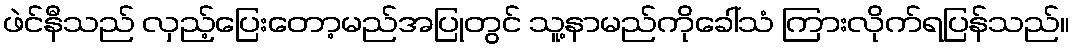
ဖဲင်နီသည် လှည့်ပြေးတော့မည်အပြုတွင် သူ့နာမည်ကိုခေါ်သံ ကြားလိုက်ရပြန်သည်။